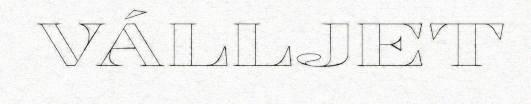
VÁLLJET